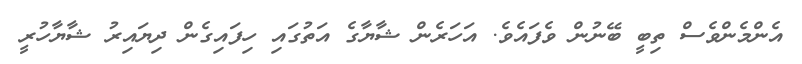
އެންމެންވެސް ތިބީ ބޭނުން ވެފައެވެ. އަހަރެން ޝާޔާގެ އަތުގައި ހިފައިގެން ދިޔައިރު ޝާޔާހުރީ